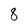
Character: 8